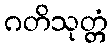
ဂတိသုတ္တံ